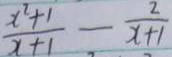
\frac { x ^ { 2 } + 1 } { x + 1 } - \frac { 2 } { x + 1 }